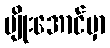
မျိုးအောင်မှာ